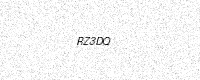
Text: RZ3DQ